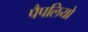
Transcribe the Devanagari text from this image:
पैपलियो